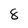
Character: 8